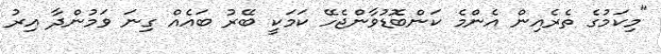
"މިކަމުގެ ތެރެއިން އެންމެ ކަންބޮޑުވާންޖެހޭ ކަމަކީ ބޭރު ބައެއް ގިނަ ވަމުންދާ އިރު